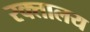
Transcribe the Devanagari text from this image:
रक्तालय